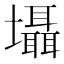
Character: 𡓳